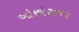
ઓછોસમય